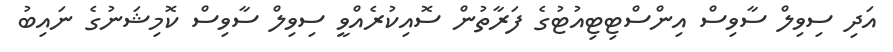
އަދި ސިވިލް ސާވިސް އިންސްޓިޓިއުޓުގެ ފަރާތުން ސޮއިކުރެއްވީ ސިވިލް ސާވިސް ކޮމިޝަނުގެ ނައިބު